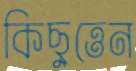
কিছুত্তেন